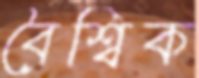
বৈশ্বিক